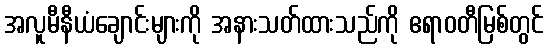
အလူမီနီယံချောင်းများကို အနားသတ်ထားသည်ကို ဧရာဝတီမြစ်တွင်